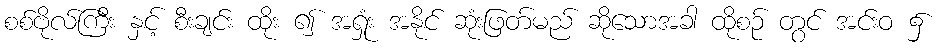
စစ်ဗိုလ်ကြီး နှင့် စီးချင်း ထိုး ၍ အရှုံး အနိုင် ဆုံးဖြတ်မည် ဆိုသောအခါ ထိုစဉ် တွင် အင်းဝ ၌